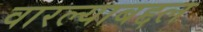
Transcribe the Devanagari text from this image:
वारल्याबद्दल